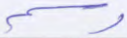
وسم